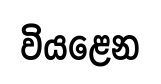
වියළෙන